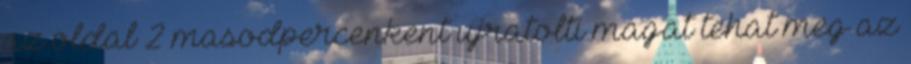
az oldal 2 masodpercenkent ujratolti magat tehat meg az